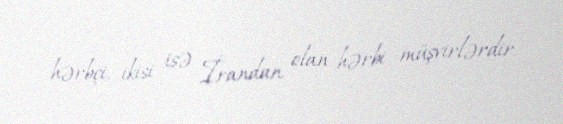
hərbçi, ikisi isə İrandan olan hərbi müşvirlərdir.